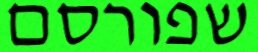
שפורסם